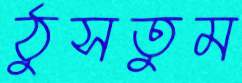
ঠুসতুম